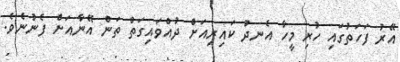
އޭރު ފަހަތުގައި ހުރި މީހާ އެނދު ކައިރިއަށް ދުއްވައިގަތް ތަން އޭނާއަށް ފެނުނެެވެ.